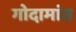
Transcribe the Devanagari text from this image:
गोदामांत